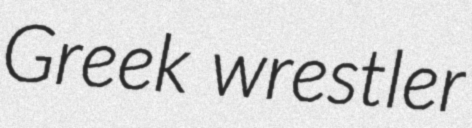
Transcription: Greek wrestler